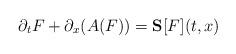
LaTeX: \begin{align*}\partial_{t}F+\partial_{x}(A(F))=\mathbf{S}[F](t,x)\end{align*}